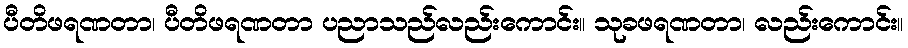
ပီတိဖရဏတာ၊ ပီတိဖရဏတာ ပညာသည်လည်းကောင်း။ သုခဖရဏတာ၊ လည်းကောင်း။